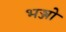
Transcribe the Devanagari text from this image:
भञ्जो